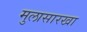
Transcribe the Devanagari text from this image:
मुलासारखा